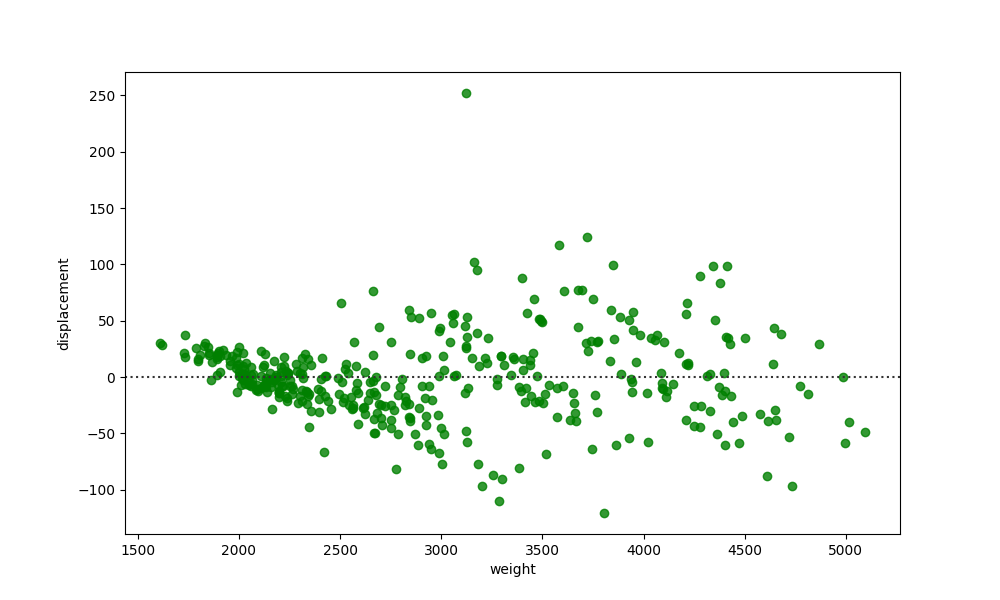
python, seaborn, residplot, lowess=False, scatter_color=green